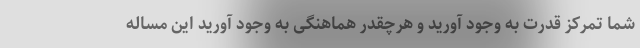
شما تمرکز قدرت به وجود آورید و هرچقدر هماهنگی به وجود آورید این مساله